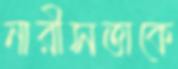
নারীসত্তাকে